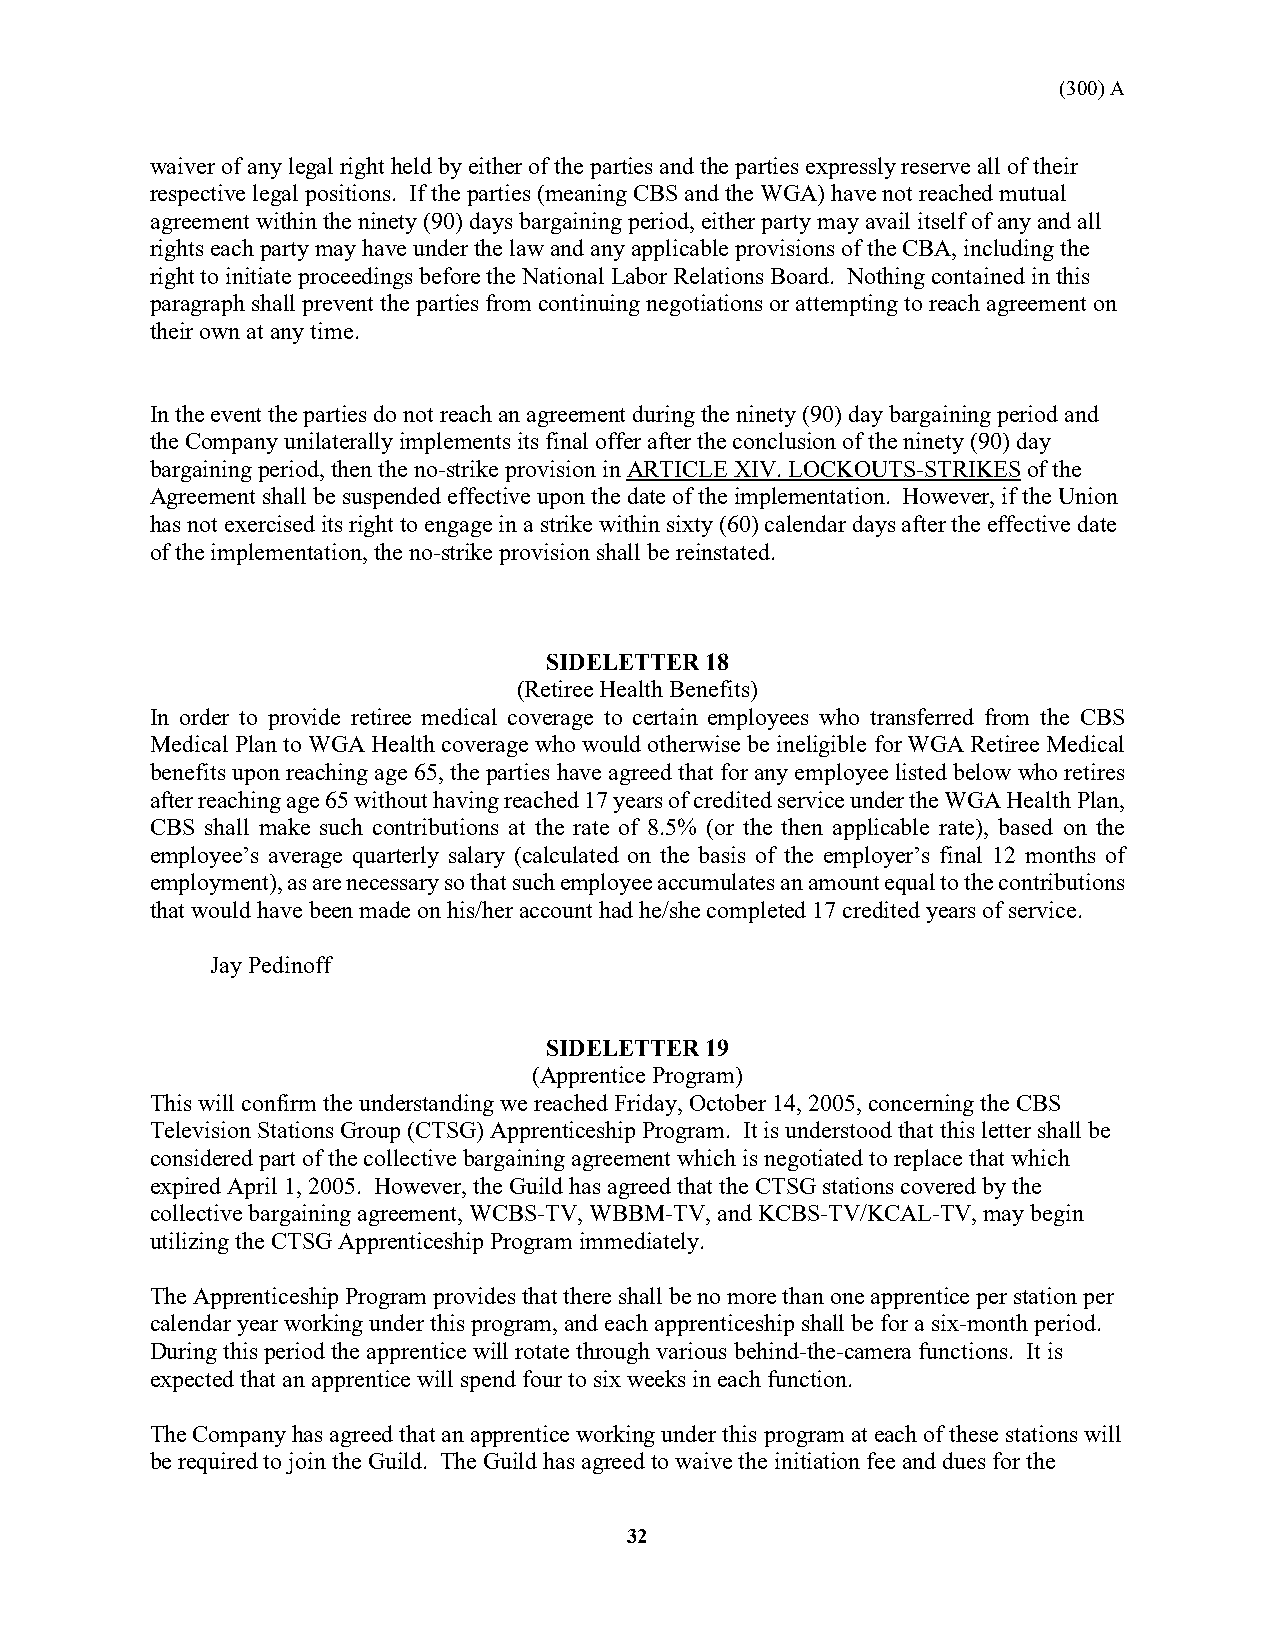
(300) A
 waiver of any legal right held by either of the parties and the parties expressly reserve all of their
 respective legal positions. If the parties (meaning CBS and the WGA) have not reached mutual
 agreement within the ninety (90) days bargaining period, either party may avail itself of any and all
 rights each party may have under the law and any applicable provisions of the CBA, including the
 right to initiate proceedings before the National Labor Relations Board. Nothing contained in this
 paragraph shall prevent the parties from continuing negotiations or attempting to reach agreement on
 their own at any time.
 In the event the parties do not reach an agreement during the ninety (90) day bargaining period and
 the Company unilaterally implements its final offer after the conclusion of the ninety (90) day
 bargaining period, then the no-strike provision in ARTICLE XIV. LOCKOUTS-STRIKES of the
 Agreement shall be suspended effective upon the date of the implementation. However, if the Union
 has not exercised its right to engage in a strike within sixty (60) calendar days after the effective date
 of the implementation, the no-strike provision shall be reinstated.
 SIDELETTER 18
 (Retiree Health Benefits)
 In order to provide retiree medical coverage to certain employees who transferred from the CBS
 Medical Plan to WGA Health coverage who would otherwise be ineligible for WGA Retiree Medical
 benefits upon reaching age 65, the parties have agreed that for any employee listed below who retires
 after reaching age 65 without having reached 17 years of credited service under the WGA Health Plan,
 CBS shall make such contributions at the rate of 8.5% (or the then applicable rate), based on the
 employee’s average quarterly salary (calculated on the basis of the employer’s final 12 months of
 employment), as are necessary so that such employee accumulates an amount equal to the contributions
 that would have been made on his/her account had he/she completed 17 credited years of service.
 Jay Pedinoff
 SIDELETTER 19
 (Apprentice Program)
 This will confirm the understanding we reached Friday, October 14, 2005, concerning the CBS
 Television Stations Group (CTSG) Apprenticeship Program. It is understood that this letter shall be
 considered part of the collective bargaining agreement which is negotiated to replace that which
 expired April 1, 2005. However, the Guild has agreed that the CTSG stations covered by the
 collective bargaining agreement, WCBS-TV, WBBM-TV, and KCBS-TV/KCAL-TV, may begin
 utilizing the CTSG Apprenticeship Program immediately.
 The Apprenticeship Program provides that there shall be no more than one apprentice per station per
 calendar year working under this program, and each apprenticeship shall be for a six-month period.
 During this period the apprentice will rotate through various behind-the-camera functions. It is
 expected that an apprentice will spend four to six weeks in each function.
 The Company has agreed that an apprentice working under this program at each of these stations will
 be required to join the Guild. The Guild has agreed to waive the initiation fee and dues for the
 32